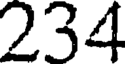
234